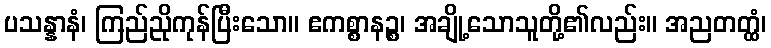
ပသန္နာနံ၊ ကြည်ညိုကုန်ပြီးသော။ ဧကစ္စာနဉ္စ၊ အချို့သောသူတို့၏လည်း။ အညတတ္ထံ၊